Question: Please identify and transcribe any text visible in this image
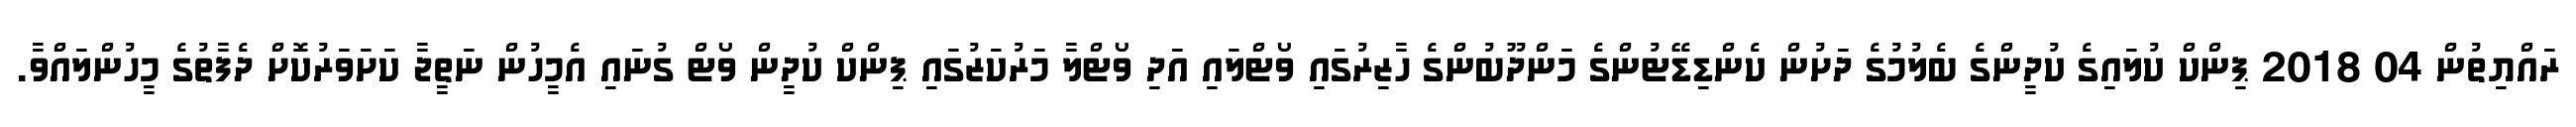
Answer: ރައްޔިތުން 04 2018 ޕިންކް ކުލައިގެ ކުދީންގެ ބެލުމުގެ ދަށުން ކެންޑިޑޭޓުންގެ މަންދޫބުންގެ ހާޒިރުގައި ވޯޓްލައި އަދި ވޯޓްލާ މަރުކަޒުގައި ޕިންކް ކުދީން ވޯޓް ގުނައި އެމީހުން ނަތީޖާ ކަށަވަރުކޮށް ދެފާތުގެ މީހުންލައްވާ.